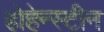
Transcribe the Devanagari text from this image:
होहेन्स्टीन